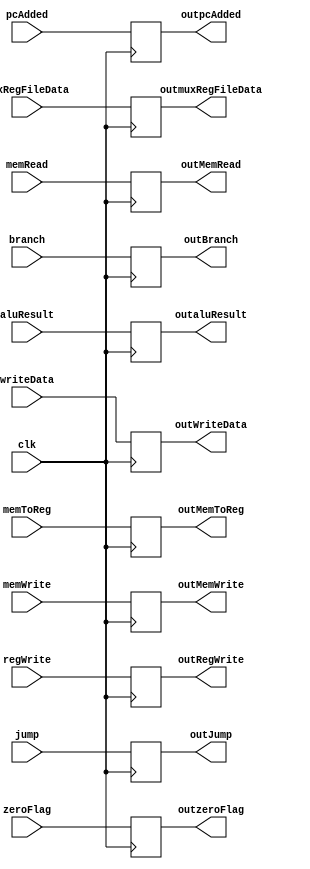
`timescale 1ns/1ns
module Ex_AddresCalc (
    input clk,
    input [31:0] pcAdded,
    input zeroFlag,//Obtenido directamente de ALU
    input [31:0] aluResult,//Obtenido directamente de ALU
    input [31:0] writeData,//Proveniente de banco de registros
    input [4:0] muxRegFileData, 
    input branch,// EX MEM- Obtenido de la unidad control
    input memWrite,// EX MEM- Obtenido de la unidad control
    input memRead,// EX MEM- Obtenido de la unidad control
    input regWrite,// WB - Obtenido de la unidad control
    input memToReg,// WB - Obtenido de la unidad control
    input jump,
    /* Las salidas estarn relacionadas directamente a la entrada que esta contenida en su nombre */
    output reg [31:0] outpcAdded,
    output reg outzeroFlag,
    output reg [31:0] outaluResult,
    output reg [31:0] outWriteData,
    output reg [4:0] outmuxRegFileData,
    /* Salidas de la unidad de control */
    output reg outBranch,
    output reg outMemWrite, 
    output reg outMemRead,
    output reg outRegWrite,
    output reg outMemToReg,
    output reg outJump
);
    initial begin
        outpcAdded = 0;
        outzeroFlag = 0;
        outaluResult = 0;
        outWriteData = 0;
        outmuxRegFileData = 0;
        outBranch = 0;
        outMemWrite = 0;
        outMemRead = 0;
        outRegWrite = 0;
        outMemToReg = 0;
        outJump = 0;
    end

    always @(posedge clk) begin
        outpcAdded <= pcAdded;
        outzeroFlag <= zeroFlag;
        outaluResult <= aluResult;
        outWriteData <= writeData;
        outmuxRegFileData <= muxRegFileData;
        /* Salidas de la unidad de control */
        outBranch <= branch;
        outMemWrite <= memWrite;
        outMemRead <= memRead;
        outRegWrite <= regWrite;
        outMemToReg <= memToReg;
        outJump <= jump;
    end

endmodule //Ex_AddresCalc